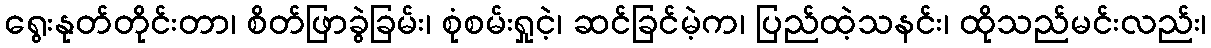
ရွေးနုတ်တိုင်းတာ၊ စိတ်ဖြာခွဲခြမ်း၊ စုံစမ်းရှုငဲ့၊ ဆင်ခြင်မဲ့က၊ ပြည်ထဲ့သနင်း၊ ထိုသည်မင်းလည်း၊